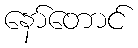
နော်တောင်